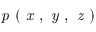
\textit { p } ( \textit { x } , \textit { y } , \textit { z } )